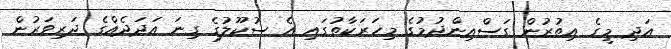
އަދި މީގެ އިތުރުން ގަސްއިންދުމުގެ މިހަރަކާތުގައި އެ ސުކޫލުގެ ގިނަ އަދަދެއްގެ ދަރިވަރުން